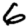
Digit: 6